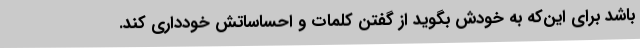
باشد برای این‌که به خودش بگوید از گفتن کلمات و احساساتش خودداری کند.